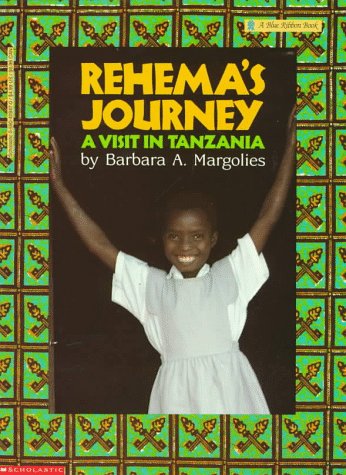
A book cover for Rehema's Journey: A Visit in Tanzania (Blue Ribbon Book); Barbara A. Margolies; Travel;